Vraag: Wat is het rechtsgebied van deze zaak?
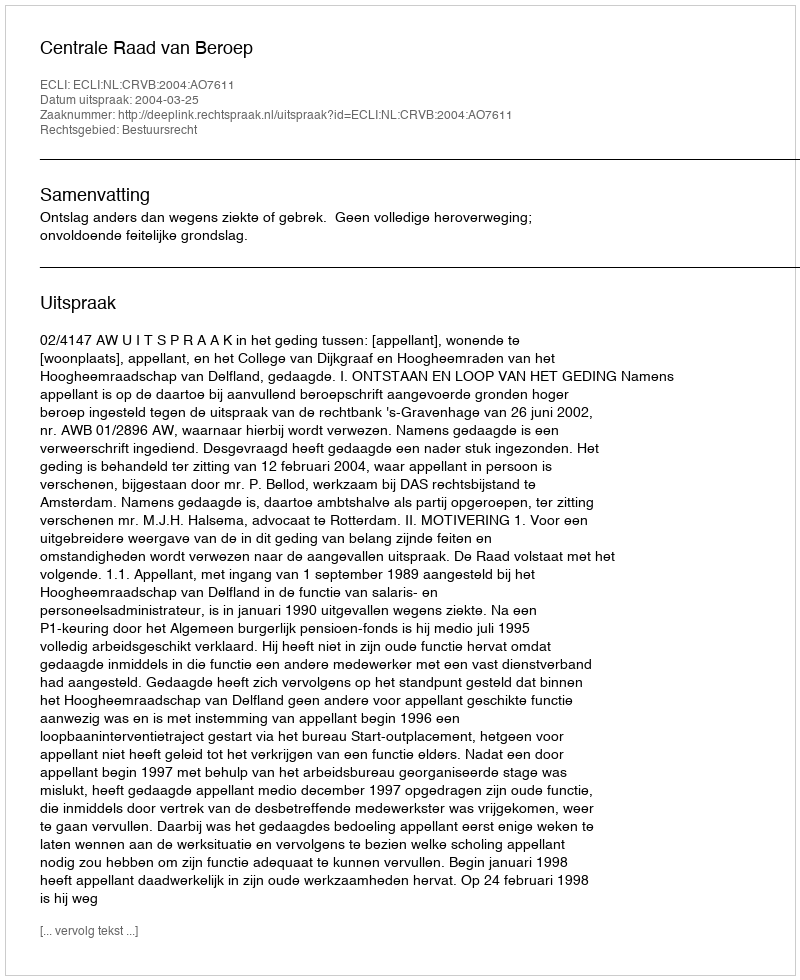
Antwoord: Bestuursrecht